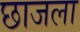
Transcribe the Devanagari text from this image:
छाजला